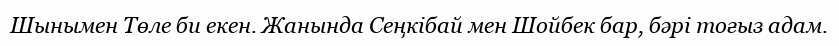
Шынымен Төле би екен. Жанында Сеңкібай мен Шойбек бар, бәрі тоғыз адам.